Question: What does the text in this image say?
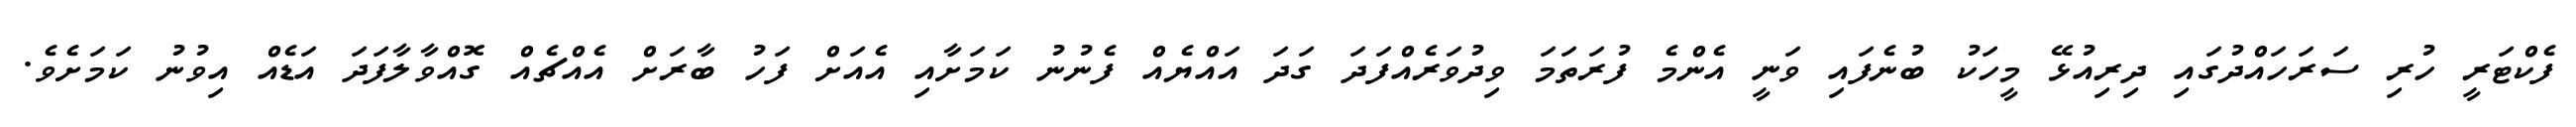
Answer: ފެކްޓަރީ ހުރި ސަރަހައްދުގައި ދިރިއުޅޭ މީހަކު ބުނެފައި ވަނީ އެންމެ ފުރަތަމަ ވިދުވަރެއްފަދަ ގަދަ އައްޔެއް ފެނުނު ކަމަށާއި އެއަށް ފަހު ބާރަށް އެއްޗެއް ގޮއްވާލާފަދަ އަޑެއް އިވުނު ކަމަށެވެ.